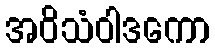
အဝိသံဝါဒကော